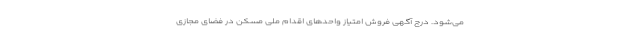
می‌شود. درج آگهی فروش امتیاز واحدهای اقدام ملی مسکن در فضای مجازی